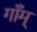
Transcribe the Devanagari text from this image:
गाँम्